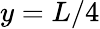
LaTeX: y=L/4